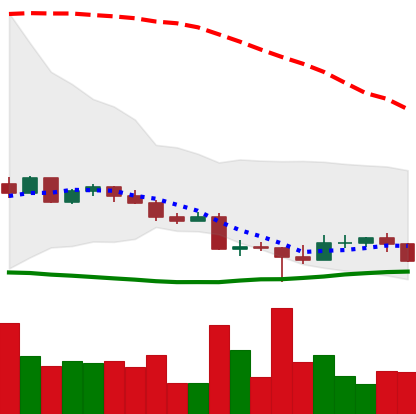
Ticker: EOS-USD
Chart end date: 2022-10-19
Forward return: 6.327%
Label: up_5_7